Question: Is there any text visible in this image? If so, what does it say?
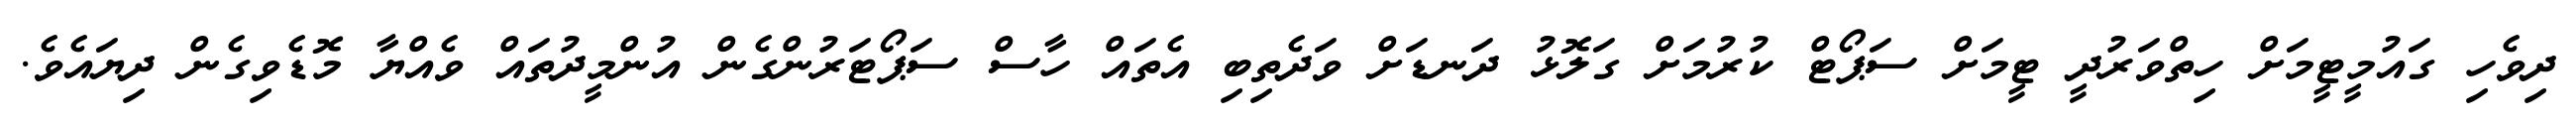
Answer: ދިވެހި ގައުމީޓީމަށް ހިތްވަރުދީ ޓީމަށް ސަޕޯޓް ކުރުމަށް ގަލޮޅު ދަނޑަށް ވަދެތިބި އެތައް ހާސް ސަޕޯޓަރުންގެން އުންމީދުތައް ވެއްޔާ މޮޑެވިގެން ދިޔައެވެ.